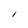
Character: 1